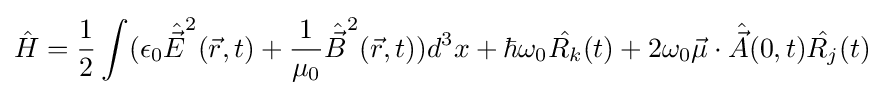
{\hat {H}}={\frac {1}{2}}\int (\epsilon _{0}{\hat {\vec {E}}}^{2}({\vec {r}},t)+{\frac {1}{\mu _{0}}}{\hat {\vec {B}}}^{2}({\vec {r}},t))d^{3}x+\hbar \omega _{0}{\hat {R_{k}}}(t)+2\omega _{0}{\vec {\mu }}\cdot {\hat {\vec {A}}}(0,t){\hat {R_{j}}}(t)